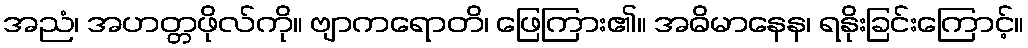
အညံ၊ အဟတ္တဖိုလ်ကို။ ဗျာကရောတိ၊ ဖြေကြား၏။ အဓိမာနေန၊ ရနိုးခြင်းကြောင့်။